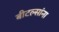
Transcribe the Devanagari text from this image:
बीटल्सांना